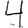
Digit: 4